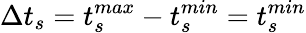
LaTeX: \Delta t_{s}=t_{s}^{max}-t_{s}^{min}=t_{s}^{min}